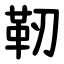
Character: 靭